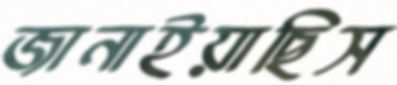
জানাইয়াছিস